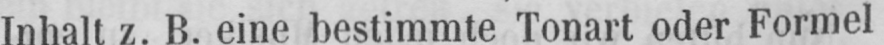
Inhalt z. B. eine bestimmte Tonart oder Formel